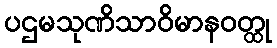
ပဌမသုဏိသာဝိမာနဝတ္ထု